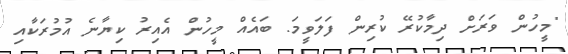
"މީހުން ވަރަށް ދިމާކުރޭ ކުރިން ފަލަވީމަ. ބައެއް މީހުން އެއިރު ކިޔާނެ އުމުރަކާއި